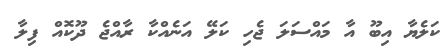
ކަލެޔާ އިބޫ އާ މައްސަލަ ޖެހި ކަލޭ އަނެއްކާ ރާއްޖެ ދޫކޮއް ފިލާ